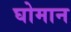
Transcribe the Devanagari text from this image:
घोमान